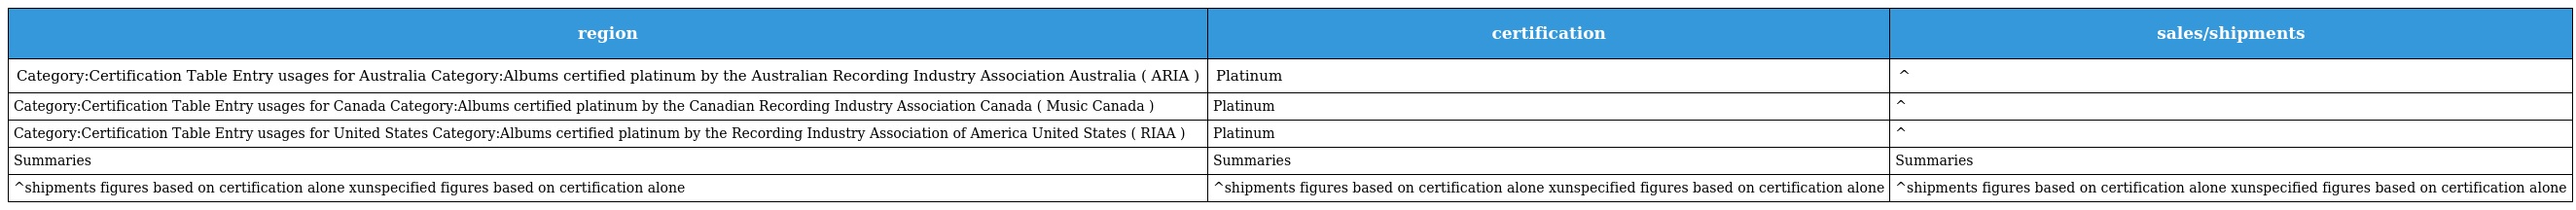
| region | certification | sales/shipments |
 | --- | --- | --- |
 | Category:Certification Table Entry usages for Australia Category:Albums certified platinum by the Australian Recording Industry Association Australia ( ARIA ) | Platinum | ^ |
 | Category:Certification Table Entry usages for Canada Category:Albums certified platinum by the Canadian Recording Industry Association Canada ( Music Canada ) | Platinum | ^ |
 | Category:Certification Table Entry usages for United States Category:Albums certified platinum by the Recording Industry Association of America United States ( RIAA ) | Platinum | ^ |
 | Summaries | Summaries | Summaries |
 | ^shipments figures based on certification alone xunspecified figures based on certification alone | ^shipments figures based on certification alone xunspecified figures based on certification alone | ^shipments figures based on certification alone xunspecified figures based on certification alone |